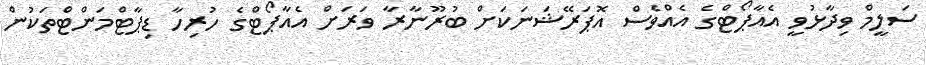
ސަލީމް ވިދާޅުވީ އެއާޕޯޓްގެ އެއްވެސް އޮޕަރޭޝަނަކަށް ބުރޫނާރާ ވަރަށް އެއާޕޯޓްގެ ހުރިހާ ޑިޕާޓްމަންޓްތަކުން